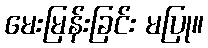
မေးမြန်းခြင်း မပြု။